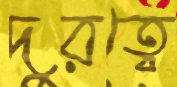
দুরত্বে